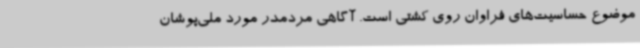
موضوع حساسیت‌های فراوان روی کشتی است. آگاهی مردمدر مورد ملی‌پوشان